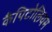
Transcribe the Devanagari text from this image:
कैपिटोलियम